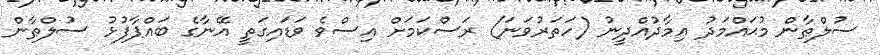
ސުލްޠާން މުޙައްމަދު ޢިމާދުއްދީނު (ހަތަރުވަނަ) ރަސްކަމަށް އިސްވެ ވަޑައިގަތީ އޭނާގެ ބައްޕާފުޅު ސުލްޠާން